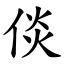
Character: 倓